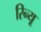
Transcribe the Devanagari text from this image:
रिन्यू